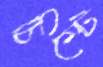
চিম্‌টে